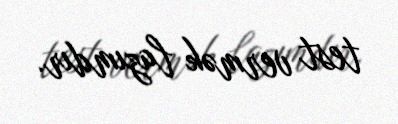
test vermək lazımdır.